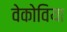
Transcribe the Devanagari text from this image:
वेकोविया